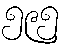
၅၉၅